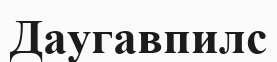
Даугавпилс